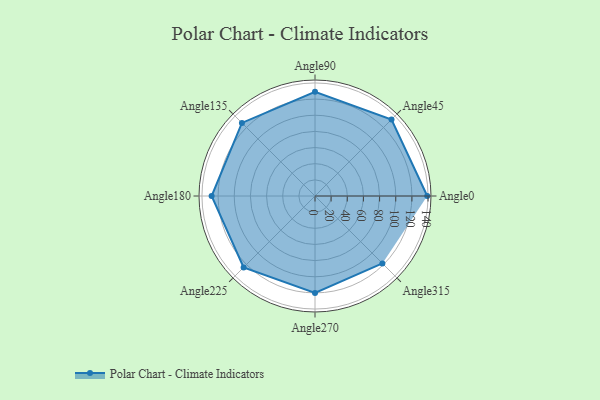
{"axis": {"x": "Angle", "y": "Radius"}, "legend": [""], "data": [{"x": "Angle0", "y": 139.0, "type": ""}, {"x": "Angle45", "y": 134.0, "type": ""}, {"x": "Angle90", "y": 129.0, "type": ""}, {"x": "Angle135", "y": 128.0, "type": ""}, {"x": "Angle180", "y": 128.0, "type": ""}, {"x": "Angle225", "y": 125.0, "type": ""}, {"x": "Angle270", "y": 120.0, "type": ""}, {"x": "Angle315", "y": 118.0, "type": ""}]}